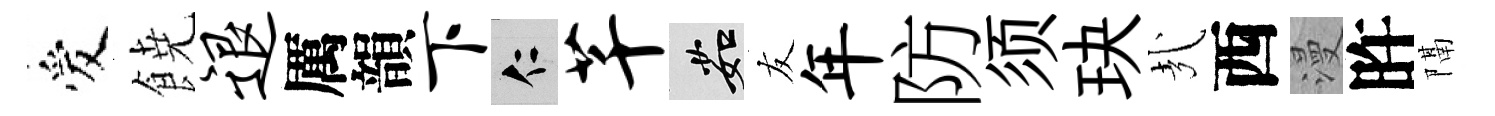
爱𩜙退厲韻下仁芊茹友年防须玦㢤西漫旿隔